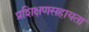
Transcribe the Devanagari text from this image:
प्रशिक्षणसहायता